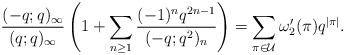
LaTeX: \begin{align*}\frac{(-q;q)_\infty}{(q;q)_\infty} \left(1+\sum_{n\geq 1} \frac{(-1)^n q^{2n-1}}{(-q;q^2)_{n}}\right) = \sum_{\pi\in \mathcal{U}} {\omega_2'}(\pi) q^{|\pi|}.\end{align*}